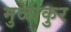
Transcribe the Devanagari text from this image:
मुळांकुर